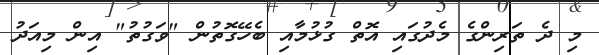
މި ދެ ތަރިންގެ މެދުގައި އޮތް ގުޅުމާއި ބެހޭގޮތުން "ވަގުތު" އިން މިއަދު